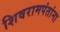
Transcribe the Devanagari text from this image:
शिवरामपंतांना